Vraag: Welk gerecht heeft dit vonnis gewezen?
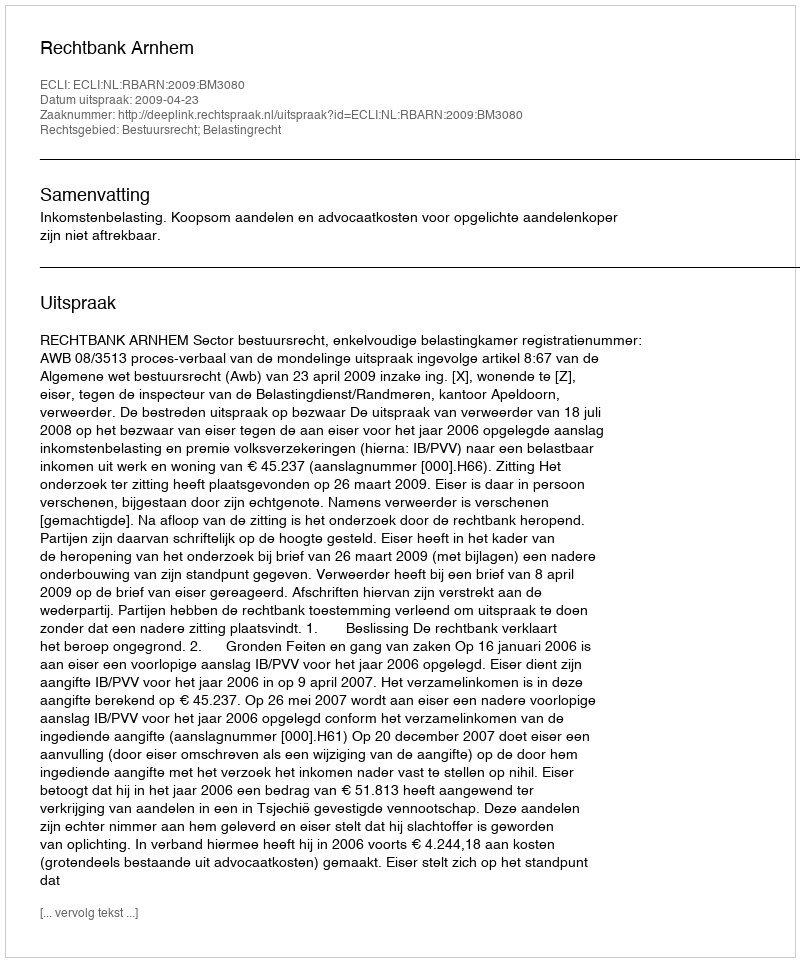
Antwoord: Rechtbank Arnhem